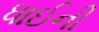
ધાઈની